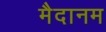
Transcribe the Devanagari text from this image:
मैदानम